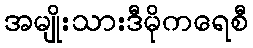
အမျိုးသားဒီမိုကရေစီ